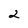
Character: 2